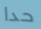
حدا